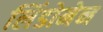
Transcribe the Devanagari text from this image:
लिंडोमेन